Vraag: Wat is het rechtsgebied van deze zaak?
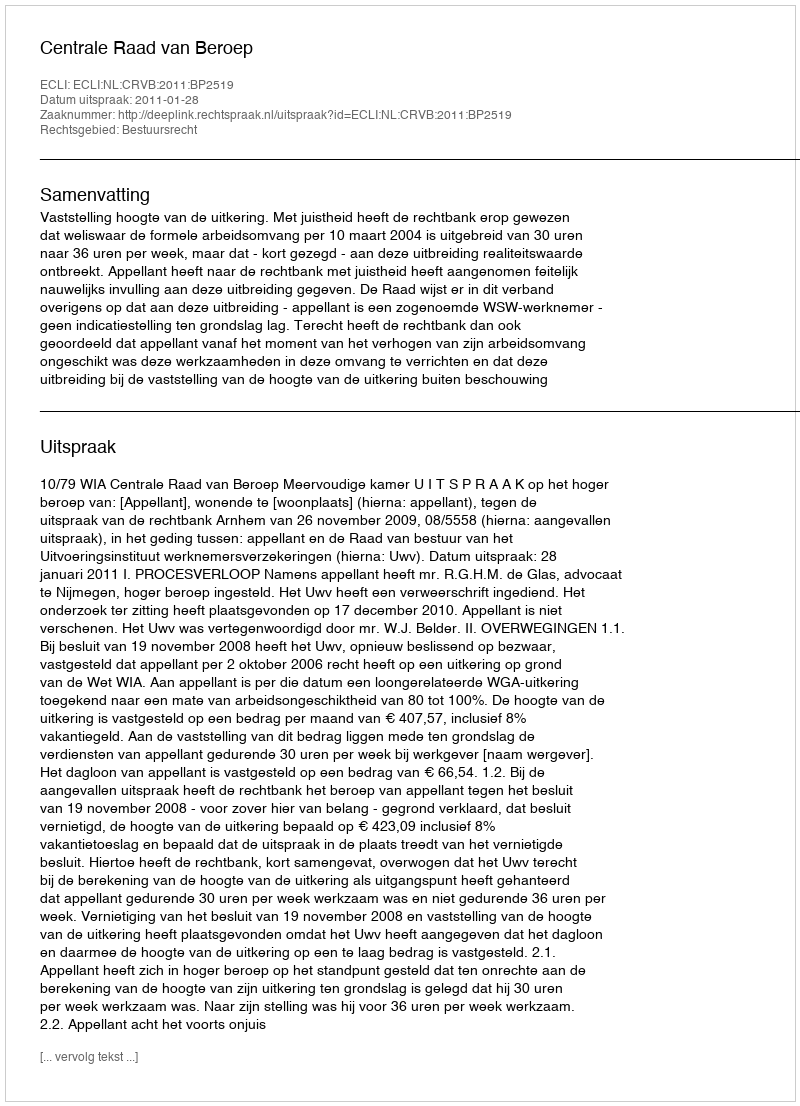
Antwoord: Bestuursrecht